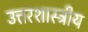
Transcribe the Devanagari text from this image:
उत्तरशास्त्रीय